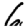
Digit: 6